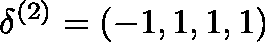
\mathbf { \delta } ^ { ( 2 ) } = ( - 1 , 1 , 1 , 1 )